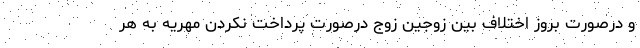
و درصورت بروز اختلاف بین زوجین زوج درصورت پرداخت نکردن مهریه به هر